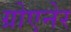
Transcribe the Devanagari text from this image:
ग्रोएनेर